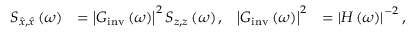
\begin{array} { r l r l } { S _ { \hat { x } , \hat { x } } \left( \omega \right) } & { = \left| G _ { \mathrm { i n v } } \left( \omega \right) \right| ^ { 2 } S _ { z , z } \left( \omega \right) , } & { \left| G _ { \mathrm { i n v } } \left( \omega \right) \right| ^ { 2 } } & { = \left| H \left( \omega \right) \right| ^ { - 2 } , } \end{array}